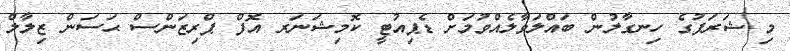
މި ޝަރަފުގެ ހިނގާލުން ބައްލަވާލެއްވުމަށް ޑެޕިއުޓީ ކޮމިޝަނަރ އޮފް ޕްރިޒަންސް ޙަސަން ޒިލާލް